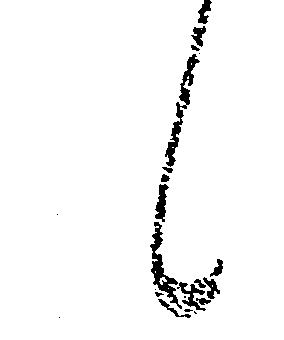
候